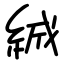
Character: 絾